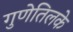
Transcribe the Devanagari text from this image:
गुणेतिलके